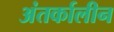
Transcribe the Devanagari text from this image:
अंतर्कालीन